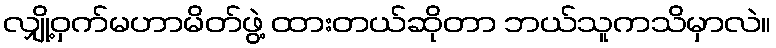
လျှို့ဝှက်မဟာမိတ်ဖွဲ့ ထားတယ်ဆိုတာ ဘယ်သူကသိမှာလဲ။